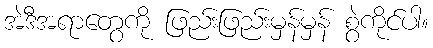
အဲဒီအရာတွေကို ဖြည်းဖြည်းမှန်မှန် စွဲကိုင်ပါ။